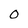
Character: 0